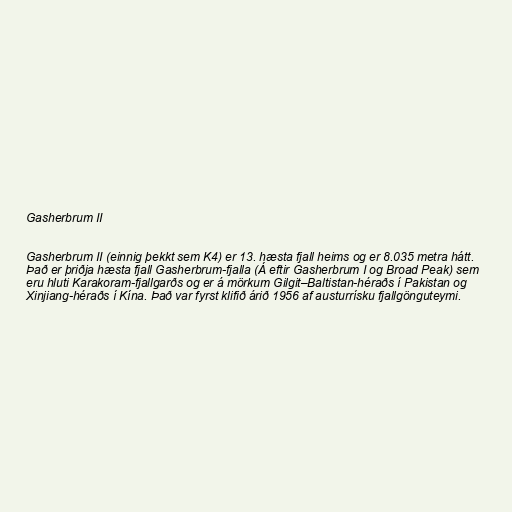
Gasherbrum II

Gasherbrum II (einnig þekkt sem K4) er 13. hæsta fjall heims og er 8.035 metra hátt.
Það er þriðja hæsta fjall Gasherbrum-fjalla (Á eftir Gasherbrum I og Broad Peak) sem
eru hluti Karakoram-fjallgarðs og er á mörkum Gilgit–Baltistan-héraðs í Pakistan og
Xinjiang-héraðs í Kína. Það var fyrst klifið árið 1956 af austurrísku fjallgönguteymi.